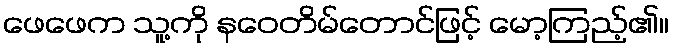
ဖေဖေက သူ့ကို နဝေတိမ်တောင်ဖြင့် မော့ကြည့်၏။